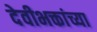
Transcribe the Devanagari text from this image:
देवीभक्तांच्या